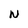
Character: N